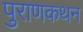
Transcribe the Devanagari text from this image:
पुराणकथन